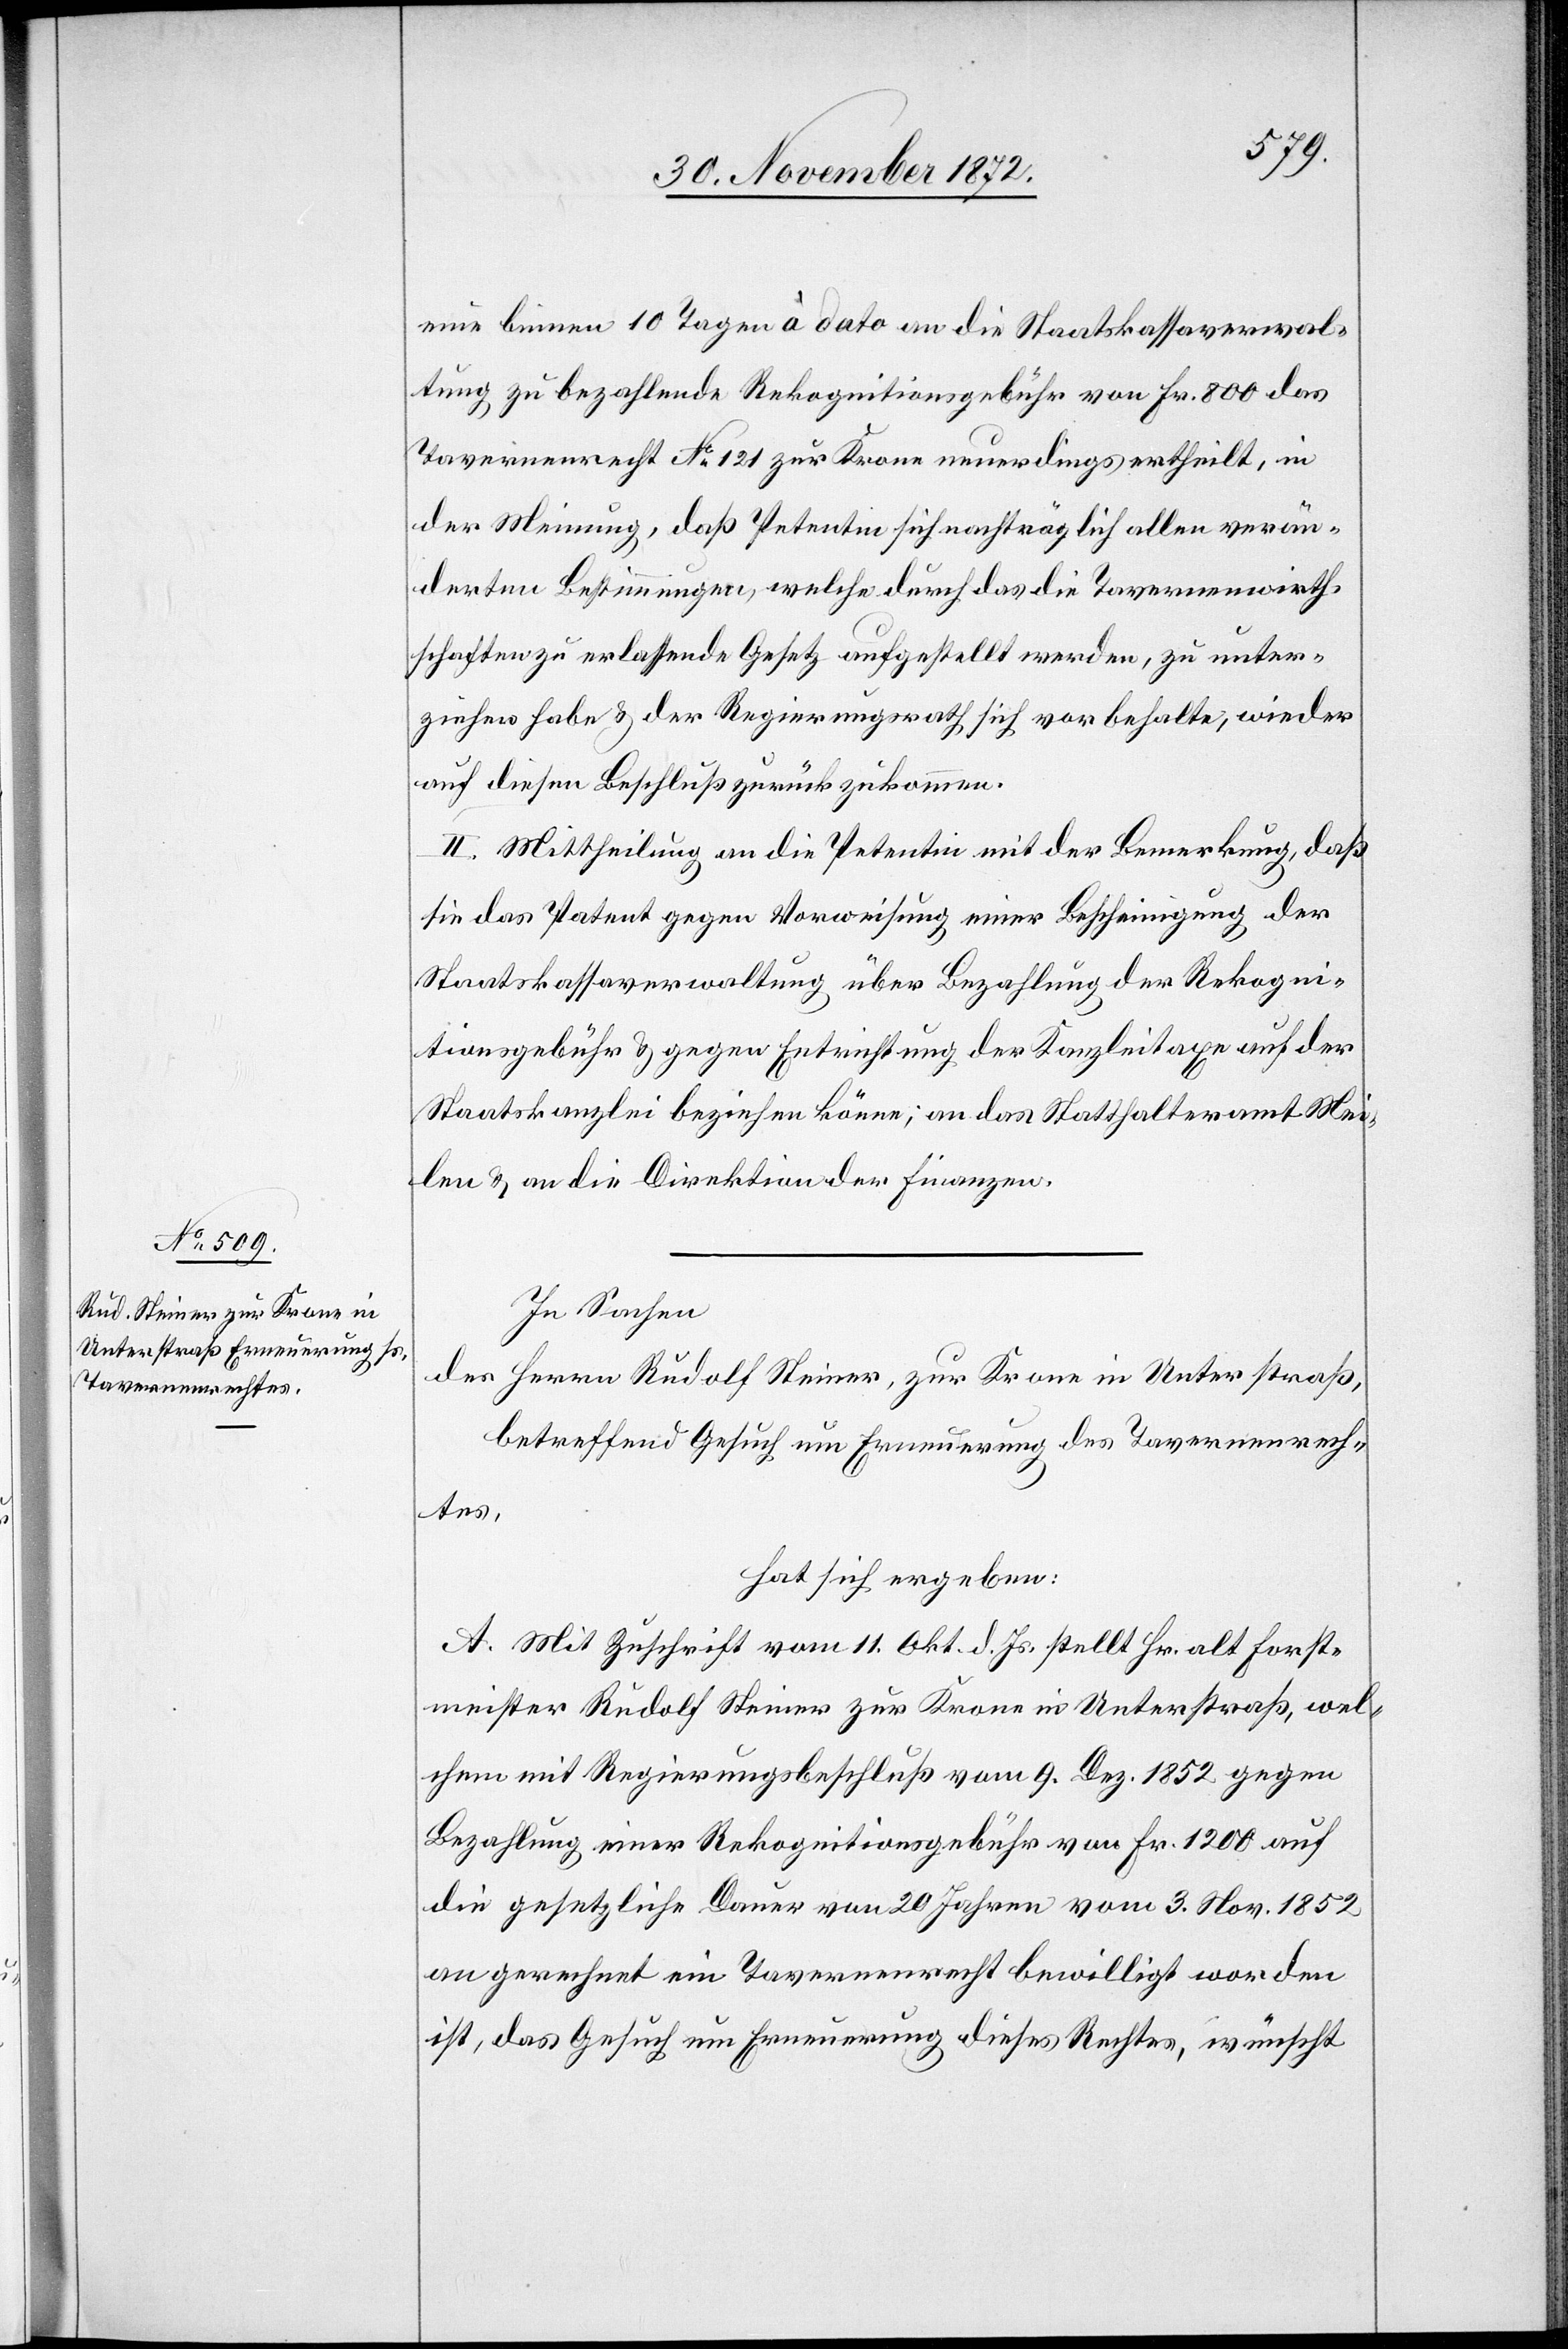
eine binnen 10 Tagen à dato an die Staatskassaverwal¬
tung zu bezahlende Rekognitionsgebühr von Fr. 800 das
Tavernenrecht No 121 zur Krone neuerdings ertheilt, in
der Meinung, daß Petentin sich nachträglich allen verän¬
derten Bestimmungen, welche durch das die Tavernenwirth¬
schaften zu erlassende Gesetz aufgestellt werden, zu unter¬
ziehen habe u. der Regierungsrath sich vorbehalte, wieder
auf diesen Beschluß zurückzukommen.
II. Mittheilung an die Petentin mit der Bemerkung, daß
sie das Patent gegen Vorweisung einer Bescheinigung der
Staatskassaverwaltung über Bezahlung der Rekogni¬
tionsgebühr u. gegen Entrichtung der Kanzleitaxe auf der
Staatskanzlei beziehen könne; an das Statthalteramt Mei¬
len u. an die Direktion der Finanzen.
In Sachen
des Herrn Rudolf Steiner, zur Krone in Unterstraß,
betreffend Gesuch um Erneuerung des Tavernenrech¬
tes,
hat sich ergeben:
A. Mit Zuschrift vom 11. Okt. d. Js. stellt Hr. alt Forst¬
meister Rudolf Steiner zur Krone in Unterstraß, wel¬
chem mit Regierungsbeschluß vom 9. Dez. 1852 gegen
Bezahlung einer Rekognitionsgebühr von Fr. 1 200 auf
die gesetzliche Dauer von 20 Jahren vom 3. Nov. 1852
an gerechnet ein Tavernenrecht bewilligt worden
ist, das Gesuch um Erneuerung dieses Rechtes, wünscht